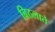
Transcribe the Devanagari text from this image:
बिठलाते